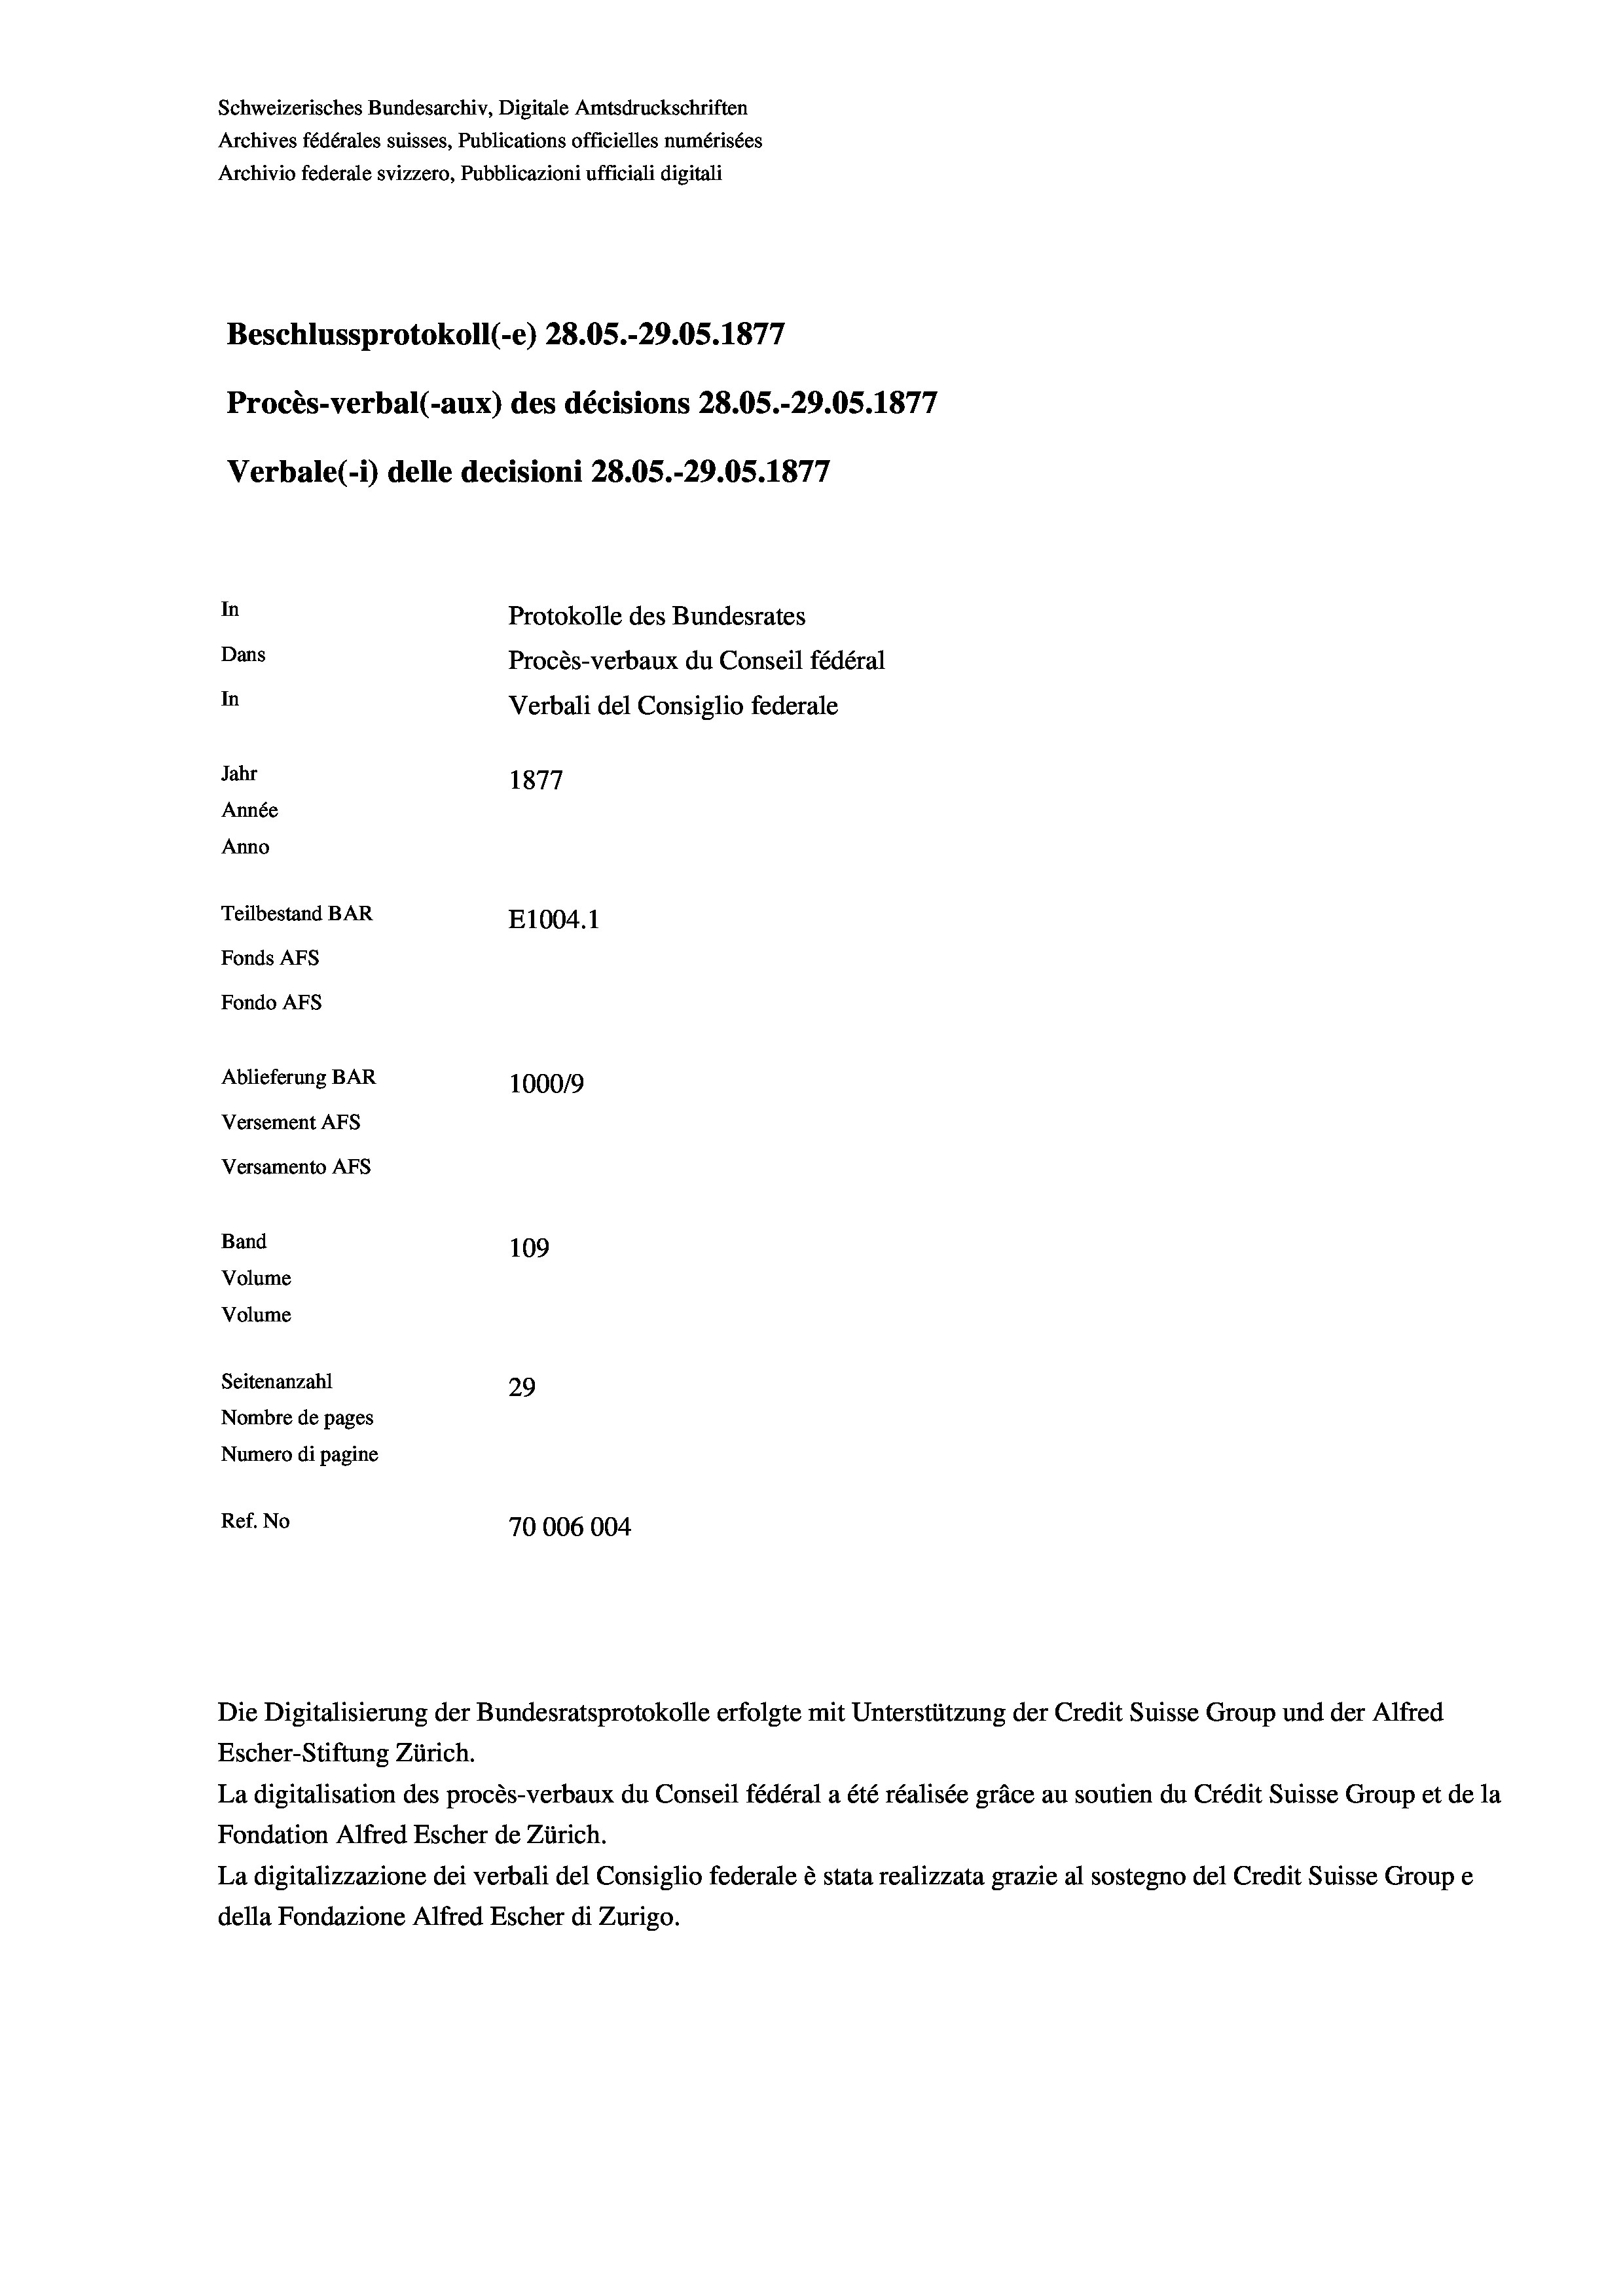
Schweizerisches Bundesarchiv, Digitale Amtsdruckschriften
Archives fédérales suisses, Publications officielles numérisées
Archivio federale svizzero, Pubblicazioni ufficiali digitali
7
Beschlussprotokoll (-e) 28.05.-29.05. 1877
Procès-verbal (-aux) des décisions 28.05.-29.05. 1877
Verbale (- 1) delle decisioni 28.05.-29.05. 1877
In
Protokolle des Bundesrates
Dans
Procès-verbaux du Conseil fédéral
In
Verbali del Consiglio federale
Jahr
1877
Année
Anno
Teilbestand BAR
E1004.1
Fonds Afs
Fondo Afs
Ablieferung BAR
100019
Versement AFs
Versamento Afs
Band
109
Volume
Volume

Seitenanzahl
29
Nombre de pages
Numero di pagine
Ref. No
70006004

Die Digitalisierung der Bundesratsprotokolle erfolgte mit Unterstützung der Credit Suisse Group und der Alfred
Escher-Stiftung Zürich.
La digitalisation des procès-verbaux du Conseil fédéral a été réalisée gräce au soutien du Crédit Suisse Group et de la
Fondation Alfred Escher de Zürich.
La digitalizzazione dei verbali del Consiglio federale è stata realizzata grazie al sostegno del Credit Suisse Groupe
della Fondazione Alfred Escher di Zurigo.